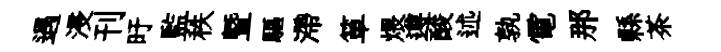
遇浸刊旴監秩暨驅滯箪煨遵酸述孰電那縣茶